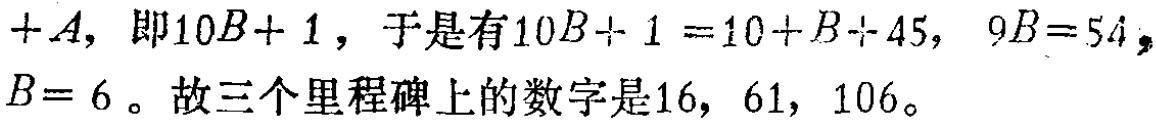
$+A$，即$10B + 1$，于是有$10B + 1 = 10 + B + 45$，$9B = 54$，$B = 6$。故三个里程碑上的数字是$16$，$61$，$106$。